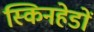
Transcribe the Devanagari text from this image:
स्किनहेडों